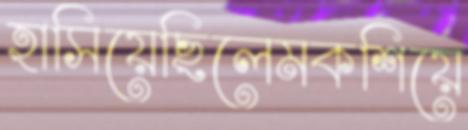
হাসিয়েছিলেমকশিয়ে